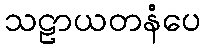
သဠာယတနံပေ